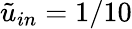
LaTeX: \tilde{u}_{in}=1/10